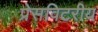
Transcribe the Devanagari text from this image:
प्रेसविटरीय